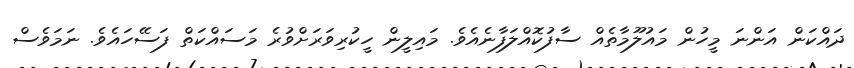
ދައްކަން އަންނަ މީހުން މައުލޫމާތެއް ސާފުކޮއްލަފާނެއެވެ. މައިލީން ހީކުރިވަރަށްވުރެ މަސައްކަތް ފަސޭހައެވެ. ނަމަވެސް